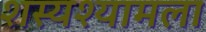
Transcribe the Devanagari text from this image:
शस्यश्यामला